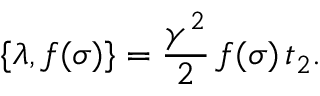
\{ \lambda , f ( \sigma ) \} = \frac { \gamma ^ { 2 } } { 2 } \, f ( \sigma ) \, t _ { 2 } .